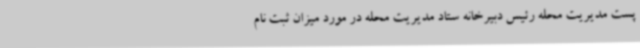
پست مدیریت محله رئیس دبیرخانه ستاد مدیریت محله در مورد میزان ثبت نام